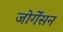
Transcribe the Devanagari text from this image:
जोर्गेंसन